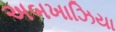
અબખાઝિયા